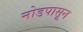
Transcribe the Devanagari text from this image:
नोडपासून